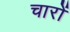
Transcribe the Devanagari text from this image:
चारोंं